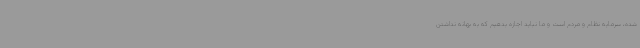
شده، سرمایه نظام و مردم است و ما نباید اجازه بدهیم که به بهانه نداشتن